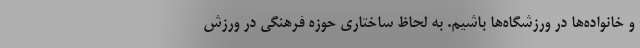
و خانواده‌ها در ورزشگاه‌ها باشیم. به لحاظ ساختاری حوزه فرهنگی در ورزش